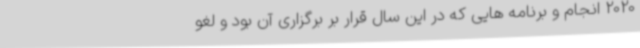
2020 انجام و برنامه هایی که در این سال قرار بر برگزاری آن بود و لغو